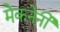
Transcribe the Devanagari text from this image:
मेकनेर्नी